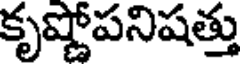
కృష్ణోపనిషత్తు